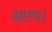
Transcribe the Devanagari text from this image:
ग्राम्य।